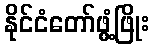
နိုင်ငံတော်ဖွံ့ဖြိုး